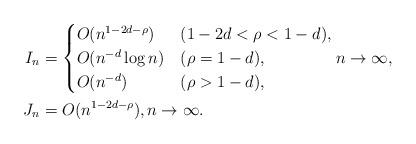
LaTeX: \begin{align*}I_n &=\begin{cases}O(n^{1-2d-\rho}) &(1-2d<\rho<1-d),\\O(n^{-d}\log n) &(\rho=1-d),\\O(n^{-d}) &(\rho>1-d),\end{cases}n\to\infty,\\J_n &= O(n^{1-2d-\rho}), n\to\infty.\end{align*}